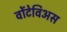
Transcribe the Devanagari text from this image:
वोंटेविअस